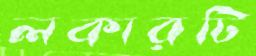
লকারটি